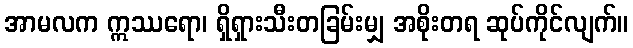
အာမလက ဣဿရော၊ ရှိရှားသီးတခြမ်းမျှ အစိုးတရ ဆုပ်ကိုင်လျက်။